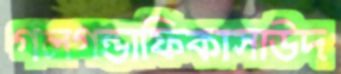
গলগন্ডাফিকাসাউদ